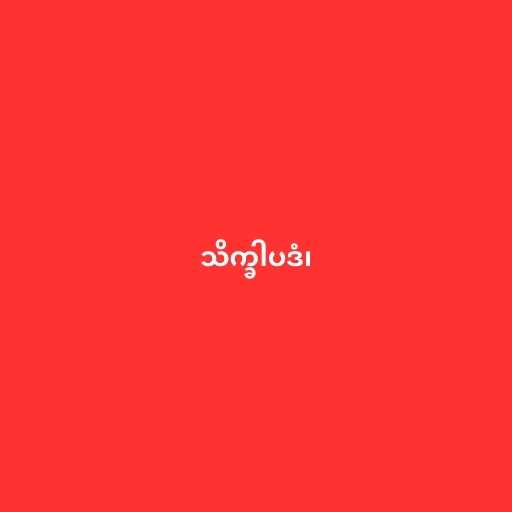
သိက္ခါပဒံ၊